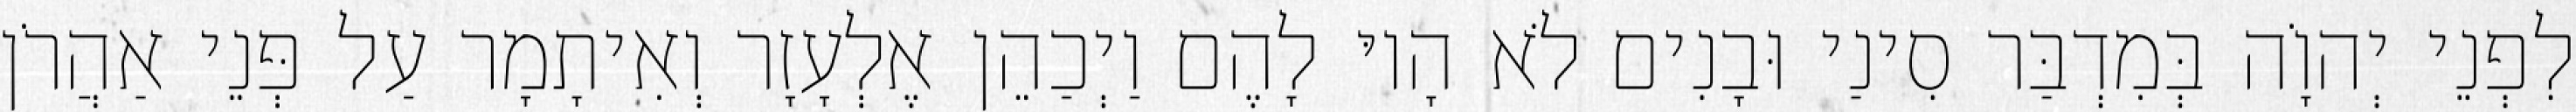
לִפְנֵי יְהוָֹה בְּמִדְבַּר סִינַי וּבָנִים לֹא הָיוּ לָהֶם וַיְכַהֵן אֶלְעָזָר וְאִיתָמָר עַל פְּנֵי אַהֲרֹן